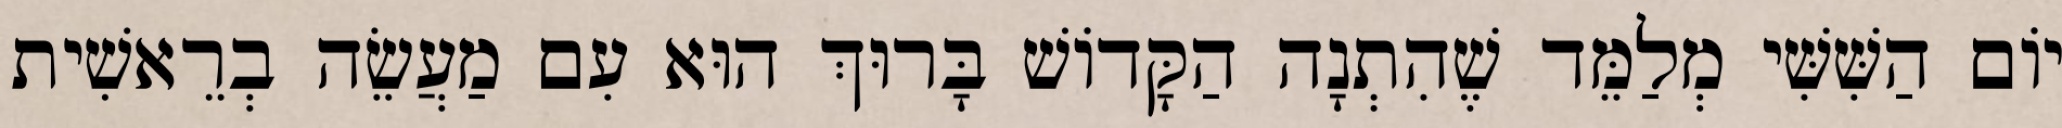
יוֹם הַשִּׁשִּׁי מְלַמֵּד שֶׁהִתְנָה הַקָּדוֹשׁ בָּרוּךְ הוּא עִם מַעֲשֵׂה בְרֵאשִׁית